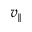
v _ { \parallel }